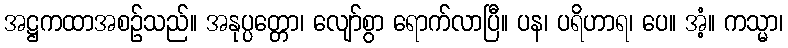
အဋ္ဌကထာအစဉ်သည်။ အနုပ္ပတ္တော၊ လျော်စွာ ရောက်လာပြီ။ ပန၊ ပရိဟာရ၊ ပေ။ အံ့။ ကသ္မာ၊